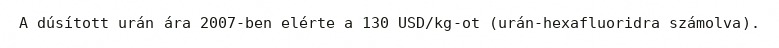
A dúsított urán ára 2007-ben elérte a 130 USD/kg-ot (urán-hexafluoridra számolva).